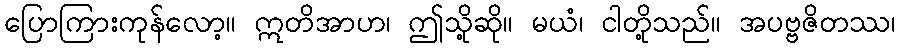
ပြောကြားကုန်လော့။ ဣတိအာဟ၊ ဤသို့ဆို။ မယံ၊ ငါတို့သည်။ အပဗ္ဗဇိတဿ၊